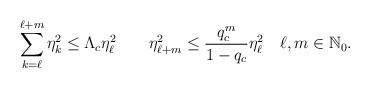
LaTeX: \begin{align*}\sum_{k=\ell}^{\ell+m}\eta_k^2&\le \Lambda_c\eta_\ell^2\quad\quad\eta_{\ell+m}^2\le \frac{q_c^m}{1-q_c}\eta_{\ell}^2\quad\ell, m\in\mathbb{N}_0. \end{align*}